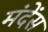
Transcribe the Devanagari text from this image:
मंदेंस